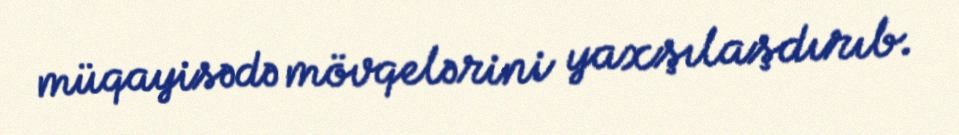
müqayisədə mövqelərini yaxşılaşdırıb.